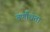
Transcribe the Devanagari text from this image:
बर्णांधता